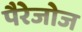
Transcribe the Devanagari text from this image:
पैरेजोज